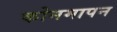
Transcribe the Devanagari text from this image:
कोनमापन